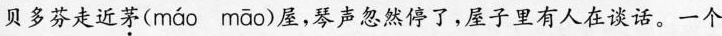
贝多芬走近茅( máo māo )屋，琴声忽然停了，屋子里有人在谈话。一个